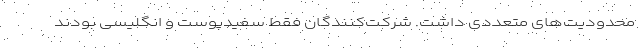
محدودیت‌های متعددی داشت. شرکت‌کنندگان فقط سفیدپوست و انگلیسی بودند